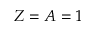
Z = A = 1